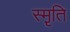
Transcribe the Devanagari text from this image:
स्मृ़ति